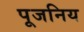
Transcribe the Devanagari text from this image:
पूजनिय